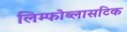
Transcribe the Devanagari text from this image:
लिम्फोब्लासटिक